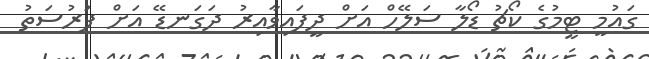
ގައުމީ ޓީމުގެ ކޯޗު ޑޯލާ ސަލޭހް އަށް ދީފައިވާއިރު ދަގަނޑޭ އަށް ފުރުސަތު